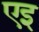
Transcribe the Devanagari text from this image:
एइ